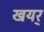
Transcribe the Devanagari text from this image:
खयर्